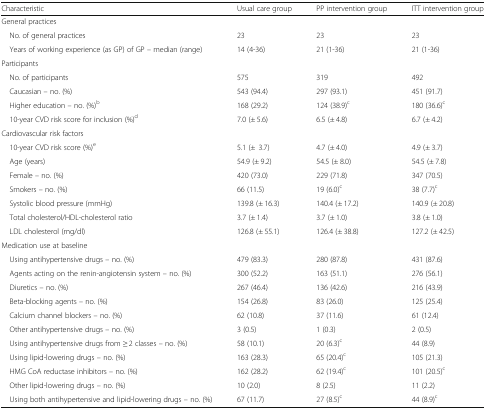
<table><thead><tr><td><b>Characteristic</b></td><td><b>Usual care group</b></td><td><b>PP intervention group</b></td><td><b>ITT intervention group</b></td></tr></thead><tbody><tr><td colspan="4">General practices</td></tr><tr><td> No. of general practices</td><td>23</td><td>23</td><td>23</td></tr><tr><td> Years of working experience (as GP) of GP – median (range)</td><td>14 (4-36)</td><td>21 (1-36)</td><td>21 (1-36)</td></tr><tr><td colspan="4">Participants</td></tr><tr><td> No. of participants</td><td>575</td><td>319</td><td>492</td></tr><tr><td> Caucasian – no. (%)</td><td>543 (94.4)</td><td>297 (93.1)</td><td>451 (91.7)</td></tr><tr><td> Higher education – no. (%)<sup>b</sup></td><td>168 (29.2)</td><td>124 (38.9)<sup>c</sup></td><td>180 (36.6)<sup>c</sup></td></tr><tr><td> 10-year CVD risk score for inclusion (%)<sup>d</sup></td><td>7.0 (± 5.6)</td><td>6.5 (± 4.8)</td><td>6.7 (± 4.2)</td></tr><tr><td colspan="4">Cardiovascular risk factors</td></tr><tr><td> 10-year CVD risk score (%)<sup>e</sup></td><td>5.1 (±3.7)</td><td>4.7 (± 4.0)</td><td>4.9 (± 3.7)</td></tr><tr><td> Age (years)</td><td>54.9 (± 9.2)</td><td>54.5 (± 8.0)</td><td>54.5 (± 7.8)</td></tr><tr><td> Female – no. (%)</td><td>420 (73.0)</td><td>229 (71.8)</td><td>347 (70.5)</td></tr><tr><td> Smokers – no. (%)</td><td>66 (11.5)</td><td>19 (6.0)<sup>c</sup></td><td>38 (7.7)<sup>c</sup></td></tr><tr><td> Systolic blood pressure (mmHg)</td><td>139.8 (± 16.3)</td><td>140.4 (± 17.2)</td><td>140.9 (± 20.8)</td></tr><tr><td> Total cholesterol/HDL-cholesterol ratio</td><td>3.7 (± 1.4)</td><td>3.7 (± 1.0)</td><td>3.8 (± 1.0)</td></tr><tr><td> LDL cholesterol (mg/dl)</td><td>126.8 (± 55.1)</td><td>126.4 (± 38.8)</td><td>127.2 (± 42.5)</td></tr><tr><td colspan="4">Medication use at baseline</td></tr><tr><td> Using antihypertensive drugs – no. (%)</td><td>479 (83.3)</td><td>280 (87.8)</td><td>431 (87.6)</td></tr><tr><td> Agents acting on the renin-angiotensin system – no. (%)</td><td>300 (52.2)</td><td>163 (51.1)</td><td>276 (56.1)</td></tr><tr><td> Diuretics – no. (%)</td><td>267 (46.4)</td><td>136 (42.6)</td><td>216 (43.9)</td></tr><tr><td> Beta-blocking agents – no. (%)</td><td>154 (26.8)</td><td>83 (26.0)</td><td>125 (25.4)</td></tr><tr><td> Calcium channel blockers – no. (%)</td><td>62 (10.8)</td><td>37 (11.6)</td><td>61 (12.4)</td></tr><tr><td> Other antihypertensive drugs – no. (%)</td><td>3 (0.5)</td><td>1 (0.3)</td><td>2 (0.5)</td></tr><tr><td> Using antihypertensive drugs from ≥ 2 classes – no. (%)</td><td>58 (10.1)</td><td>20 (6.3)<sup>c</sup></td><td>44 (8.9)</td></tr><tr><td> Using lipid-lowering drugs – no. (%)</td><td>163 (28.3)</td><td>65 (20.4)<sup>c</sup></td><td>105 (21.3)</td></tr><tr><td> HMG CoA reductase inhibitors – no. (%)</td><td>162 (28.2)</td><td>62 (19.4)<sup>c</sup></td><td>101 (20.5)<sup>c</sup></td></tr><tr><td> Other lipid-lowering drugs – no. (%)</td><td>10 (2.0)</td><td>8 (2.5)</td><td>11 (2.2)</td></tr><tr><td> Using both antihypertensive and lipid-lowering drugs – no. (%)</td><td>67 (11.7)</td><td>27 (8.5)<sup>c</sup></td><td>44 (8.9)<sup>c</sup></td></tr></tbody></table>